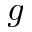
g